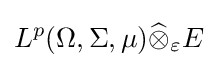
L^{p}(\Omega ,\Sigma ,\mu ){\widehat {\otimes }}_{\varepsilon }E